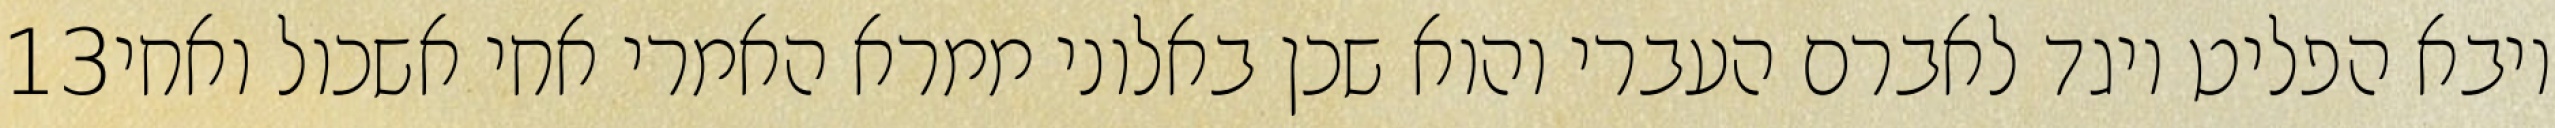
‎13‏ ויבא הפליט ויגד לאברם העברי והוא שכן באלוני ממרא האמרי אחי אשכול ואחי